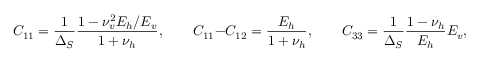
C _ { 1 1 } = \frac { 1 } { \Delta _ { S } } \frac { 1 - \nu _ { v } ^ { 2 } E _ { h } / E _ { v } } { 1 + \nu _ { h } } , \qquad C _ { 1 1 } - C _ { 1 2 } = \frac { E _ { h } } { 1 + \nu _ { h } } , \qquad C _ { 3 3 } = \frac { 1 } { \Delta _ { S } } \frac { 1 - \nu _ { h } } { E _ { h } } E _ { v } , \qquad C _ { 1 2 } = \frac { \nu _ { v } } { \Delta _ { S } } , \qquad